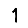
Digit: 1